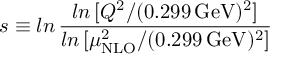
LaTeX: s \equiv l n \, \frac { l n \, [ Q ^ { 2 } / ( 0 . 2 9 9 \, \mathrm { { G e V } } ) ^ { 2 } ] } { l n \, [ \mu _ { \mathrm { N L O } } ^ { 2 } / ( 0 . 2 9 9 \, \mathrm { { G e V } } ) ^ { 2 } ] }